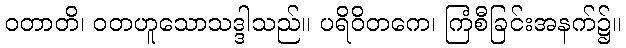
ဝတာတိ၊ ဝတဟူသောသဒ္ဒါသည်။ ပရိဝိတကေ၊ ကြံစီခြင်းအနက်၌။